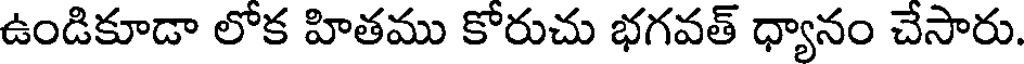
ఉండికూడా లోక హితము కోరుచు భగవత్ ధ్యానం చేసారు.